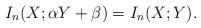
LaTeX: \begin{align*}I_n(X; \alpha Y+\beta)=I_n(X;Y).\end{align*}